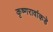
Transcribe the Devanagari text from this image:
कृष्णरावांकडे